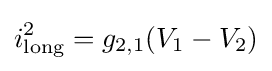
i_{\text{long}}^{2}=g_{2,1}(V_{1}-V_{2})